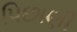
પિછાણી